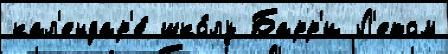
кал'ендар'е́ шко́лу Барр'и Л'етом